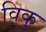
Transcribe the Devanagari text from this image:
विकु